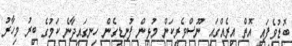
ބޮޑުވެފައި އޮތް އިރެއްގައި ނޫސްވެރިކަން މުޅިން ފުނޑިގެން ހިނގައިދާނެ ކަމުގެ ބިިރު މިހާރު